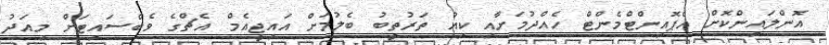
އޮންލައިންކޮށް އެޕޮއިންޓްމެންޓް ހެއްދުމަށާއި ކިއު ތަރުތީބު ބެލުމަށް އައިޖީއެމް އެޗްގެ ވެބްސައިޓަށް މިއަދު